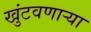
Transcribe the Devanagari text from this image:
खुंटवणाऱ्या